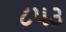
૮૫૩